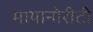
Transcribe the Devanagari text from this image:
मायानोरीटी